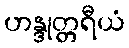
ဟန္ဒုတ္တရီယံ